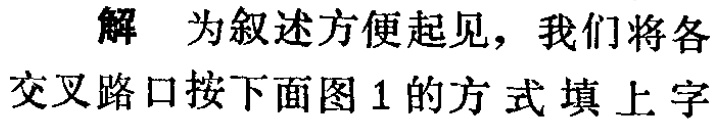
解 为叙述方便起见，我们将各

交叉路口按下面图 1 的方式填上字